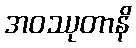
အဝဿုတာနိ